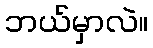
ဘယ်မှာလဲ။